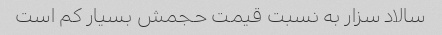
سالاد سزار به نسبت قیمت حجمش بسیار کم است